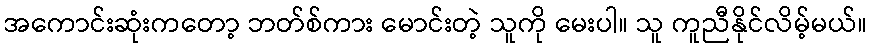
အကောင်းဆုံးကတော့ ဘတ်စ်ကား မောင်းတဲ့ သူကို မေးပါ။ သူ ကူညီနိုင်လိမ့်မယ်။